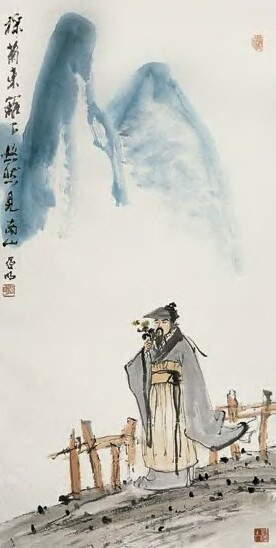
榆柳荫后檐，桃李罗堂前。